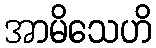
အာမိသေဟိ